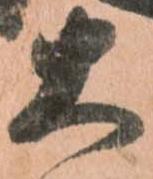
大